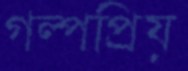
গল্পপ্রিয়